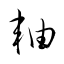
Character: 軸